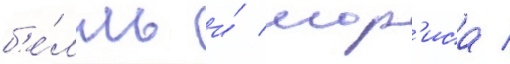
б'е́лль и́ мор'иса /